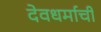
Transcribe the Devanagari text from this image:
देवधर्माची